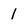
Character: 1